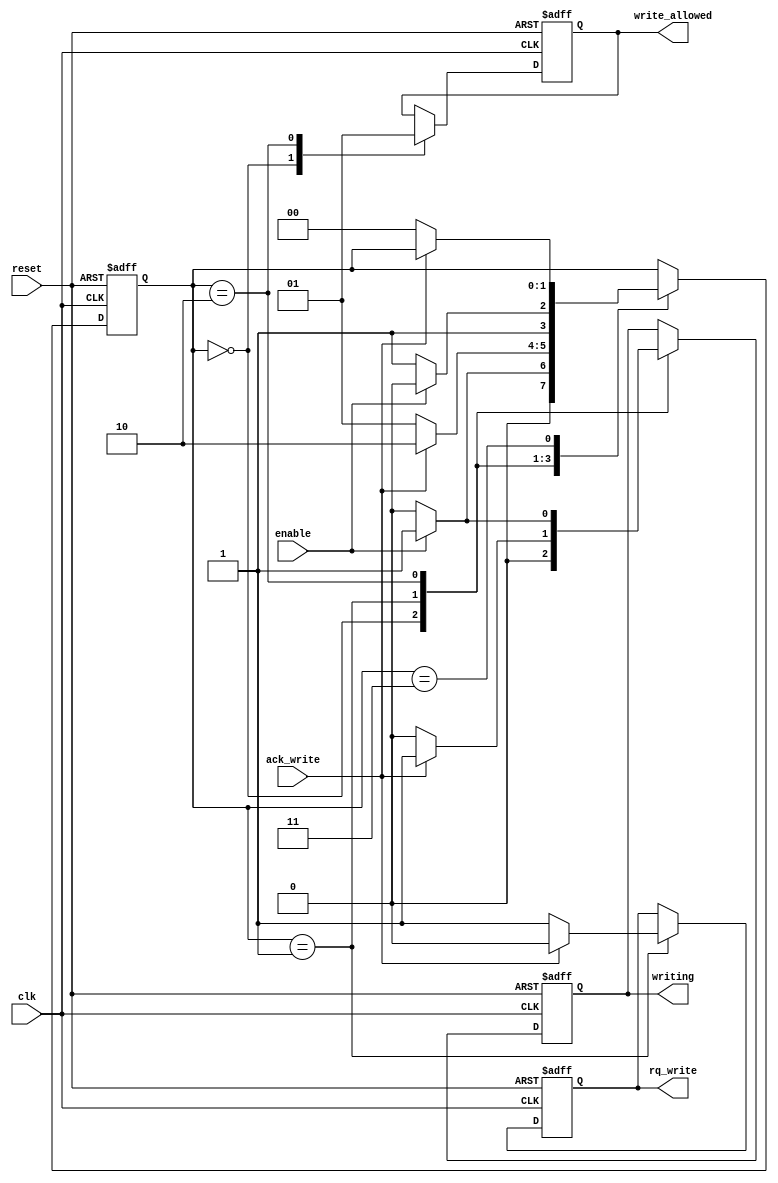
module buffer_writer (
    input wire clk,
    input wire reset,

    //Writer control signals
    input wire enable,
    output reg write_allowed,

    //Buffer control signals
    input wire ack_write,
    output reg rq_write,
    output reg writing
);

    localparam IDLE = 0;
    localparam REQUESTING = 1;
    localparam WRITING = 2;
    localparam ENDING = 3; 

    reg [1:0] state;

    initial begin
        state = IDLE;
        write_allowed = 0;
        rq_write = 0;
        writing = 0;
    end

    always @(posedge clk, posedge reset)begin 
        if(reset)begin
            state <= IDLE;
            write_allowed <= 1'b0;
            rq_write <= 1'b0;
            writing <= 1'b0;        
        end else begin
            case (state)
                IDLE: begin
                    state <= (enable)? REQUESTING : IDLE;
                    write_allowed <= 1'b0;
                    writing <= 1'b0;
                end
                REQUESTING: begin
                    rq_write <= (ack_write)? 1'b0 : 1'b1;
                    state <= (ack_write)? WRITING : REQUESTING;
                    writing <= (ack_write)? 1'b1 : 1'b0;
                end
                WRITING: begin
                    write_allowed <= 1'b1;
                    writing <= (enable)? 1'b1 : 1'b0;
                    state <= (enable)? WRITING : ENDING;
                end
                ENDING: begin
                    if(ack_write == 1'b0)begin
                        state <= IDLE;
                    end
                end  
                default: begin
                    state <= IDLE;
                end
            endcase
        end
    end
endmodule